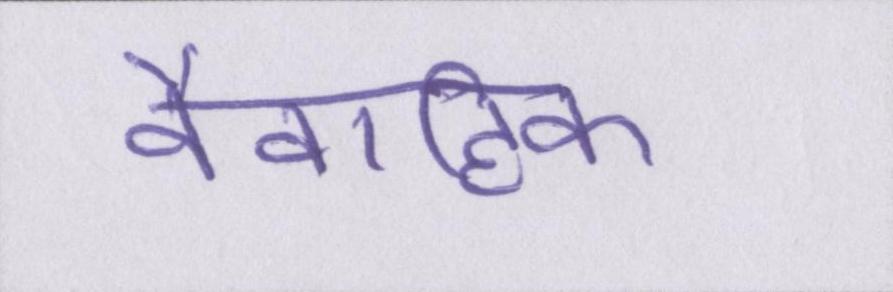
वैवाहिक